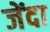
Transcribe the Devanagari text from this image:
जेंदा